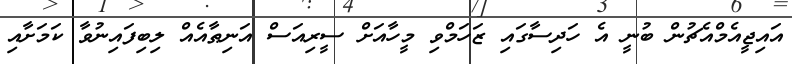
އައިޖީއެމްއެޗުން ބުނީ އެ ހަދިސާގައި ޒަހަމްވި މީހާއަށް ސީރިއަސް އަނިޠާއެއް ލިބިފައިނުވާ ކަމަަށާއި